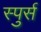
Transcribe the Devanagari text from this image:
स्पुर्स